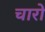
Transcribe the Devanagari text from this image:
चारों